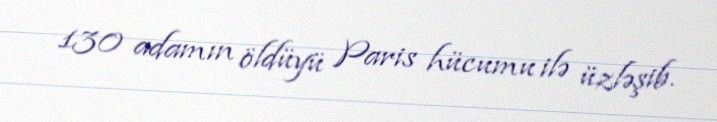
130 adamın öldüyü Paris hücumu ilə üzləşib.